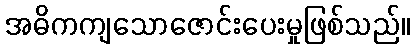
အဓိကကျသောဇောင်းပေးမှုဖြစ်သည်။